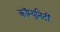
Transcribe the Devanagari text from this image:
कॉम्युनिटी